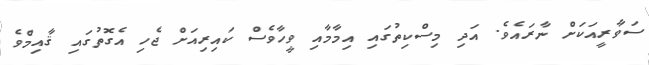
ސަވާރީއަކަށް ނާރައެވެ. އަދި މިސްކިތުގައި އިމާމާއި ވީހާވެސް ކައިރިއަށް ޖެހި އެގޮތުގައި ޤާއިމްވެ